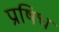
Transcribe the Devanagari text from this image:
प्रषिध